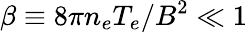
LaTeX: \beta\equiv 8\pi n_{e}T_{e}/B^{2}\ll 1